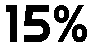
15%